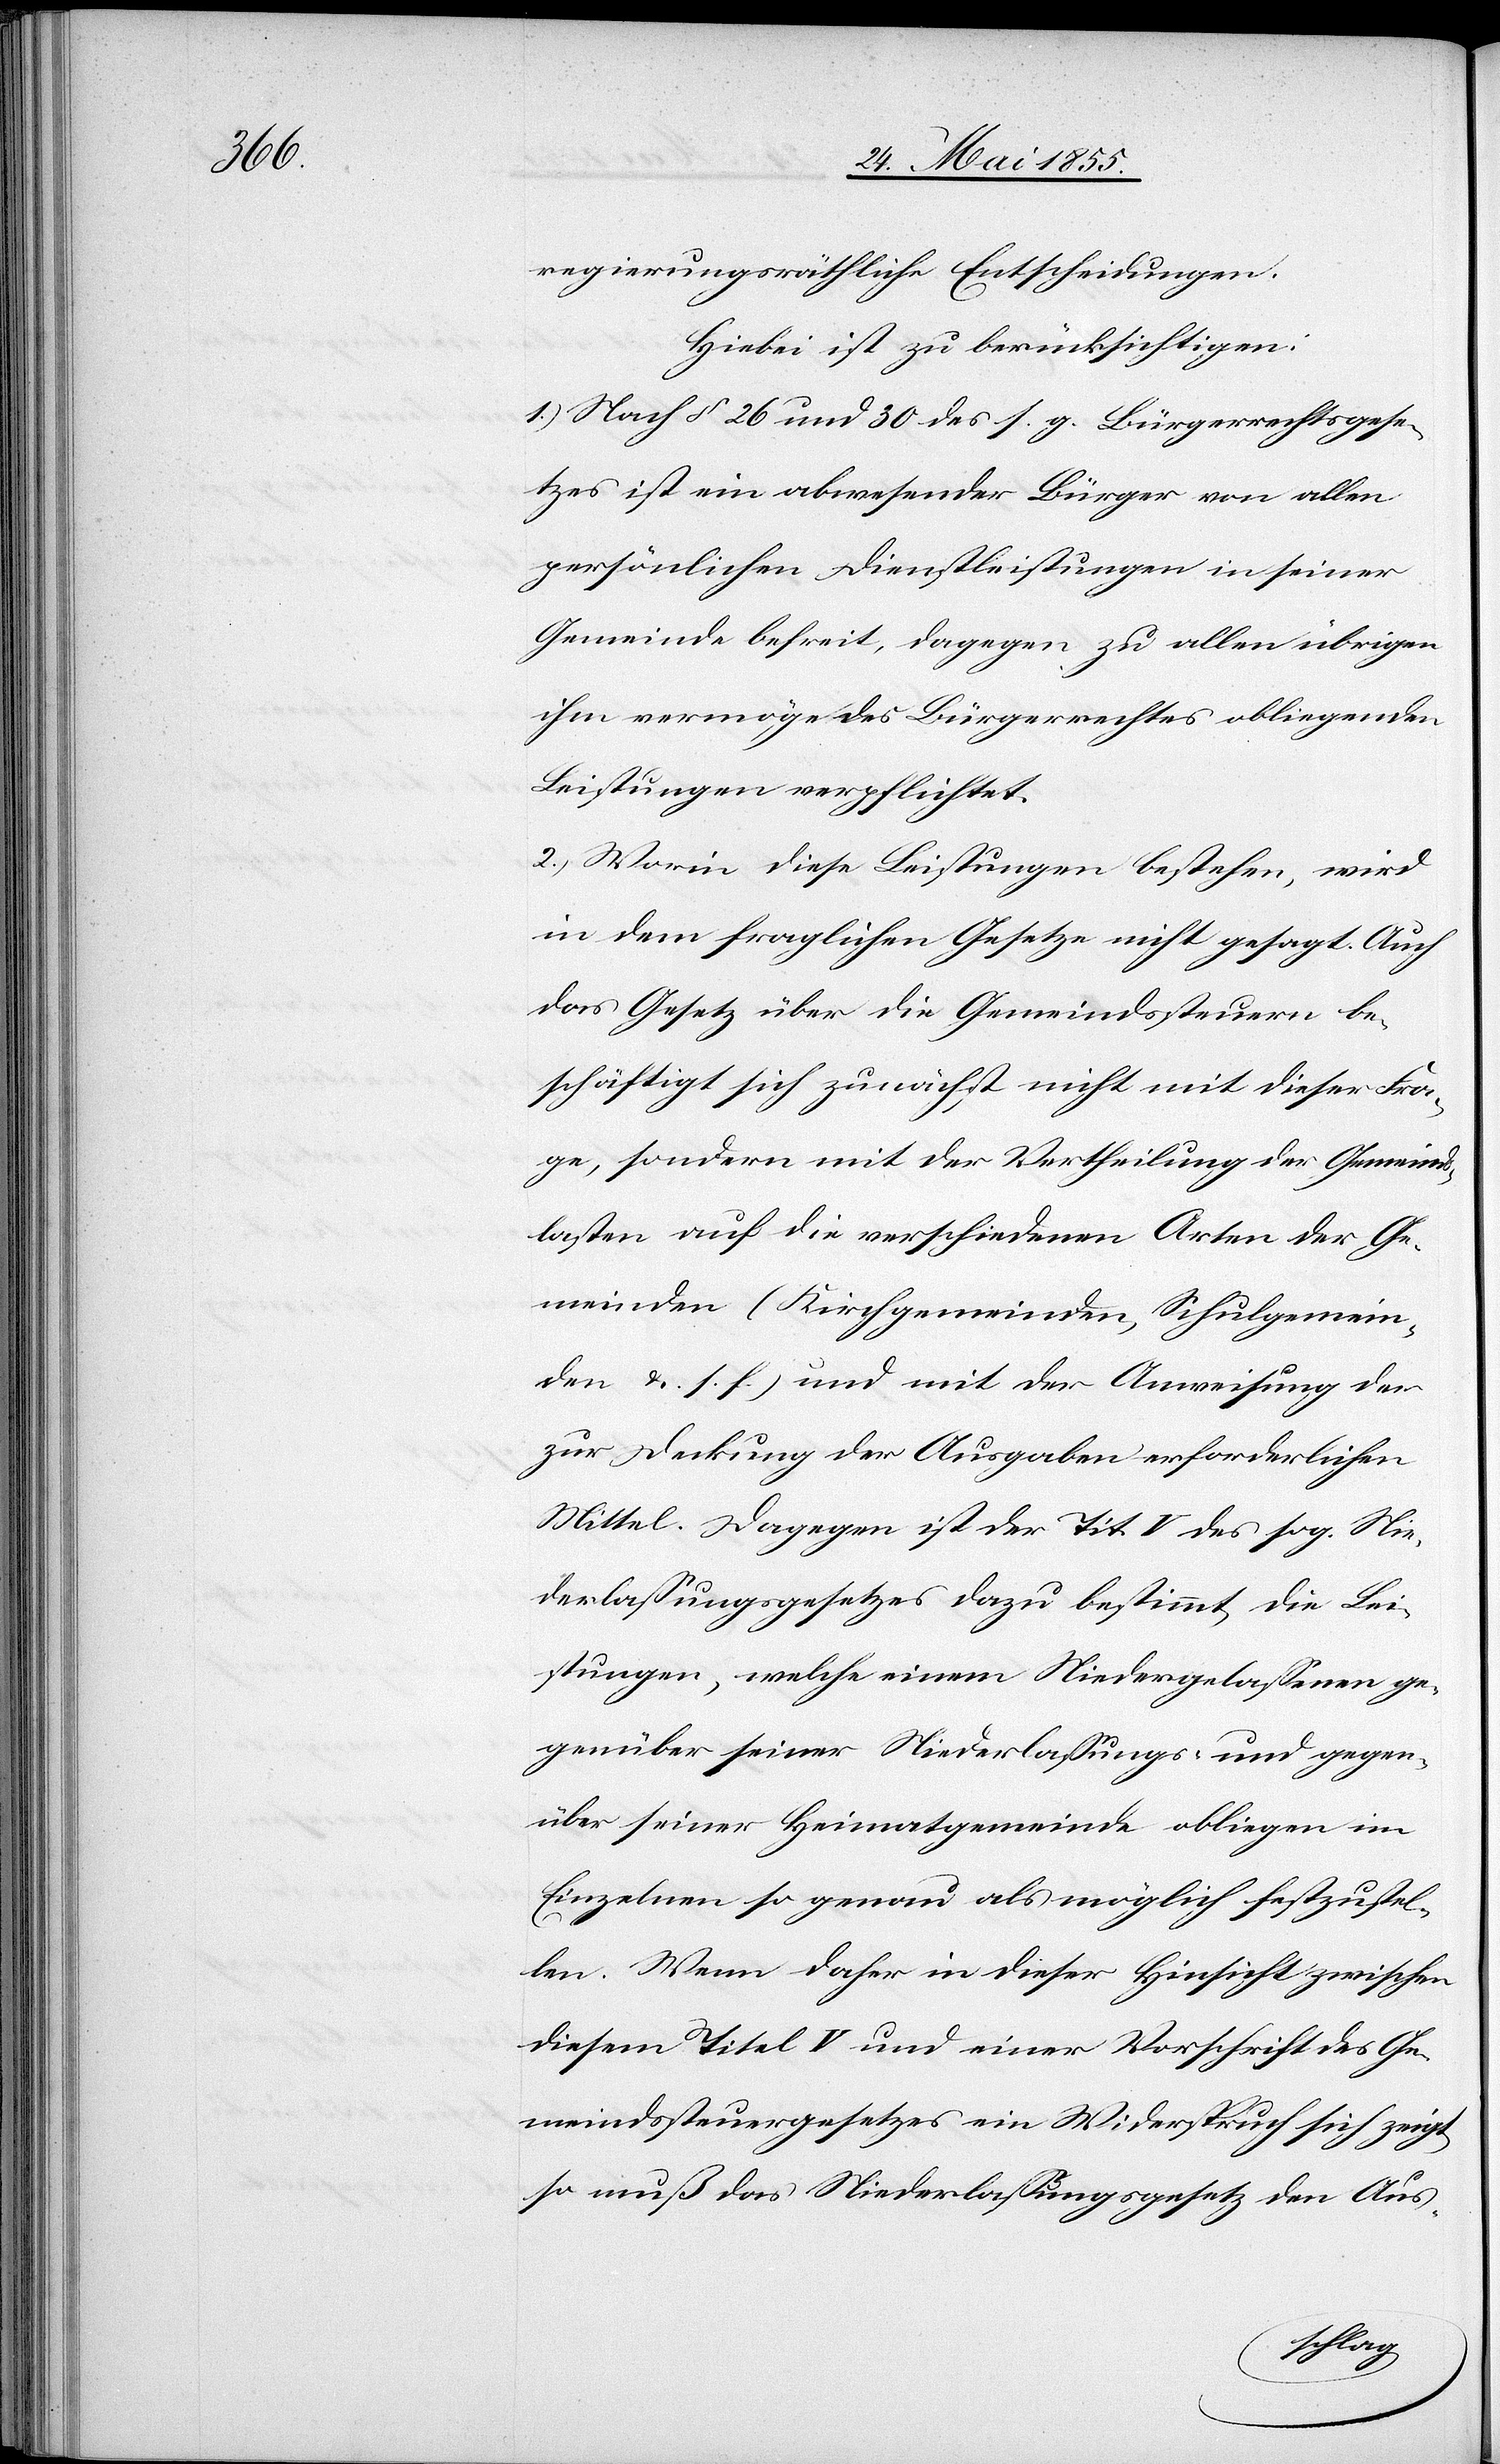
regierungsräthliche Entscheidungen.
Hiebei ist zu berücksichtigen:
1.) Nach § 26 und 30 des s. g. Bürgerrechtsgese¬
tzes ist ein abwesender Bürger von allen
persönlichen Dienstleistungen in seiner
Gemeinde befreit, dagegen zu allen übrigen
ihm vermöge des Bürgerrechtes obliegenden
Leistungen verpflichtet.
2.) Worin diese Leistungen bestehen, wird
in dem fraglichen Gesetze nicht gesagt. Auch
das Gesetz über die Gemeindssteuern be¬
schäftigt sich zunächst nicht mit dieser Fra¬
ge, sondern mit der Vertheilung der Gemeinds¬
lasten auf die verschiedenen Arten der Ge¬
meinden (Kirchgemeinden, Schulgemein¬
den &. s. f.) und mit der Anweisung der
zur Deckung der Ausgaben erforderlichen
Mittel. Dagegen ist der Tit. V des sog. Nie¬
derlassungsgesetzes dazu bestimmt, die Lei¬
stungen, welche einem Niedergelassenen ge¬
genüber seiner Niederlassungs- und gegen¬
über seiner Heimatgemeinde obliegen im
Einzelnen so genau als möglich festzustel¬
len. Wenn daher in dieser Hinsicht zwischen
diesem Titel V und einer Vorschrift des Ge¬
meindssteuergesetzes ein Widerspruch sich zeigt,
so muß das Niederlassungsgesetz den Aus-